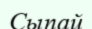
Сыпай